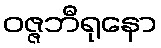
ဝဇ္ဇဘီရုနော